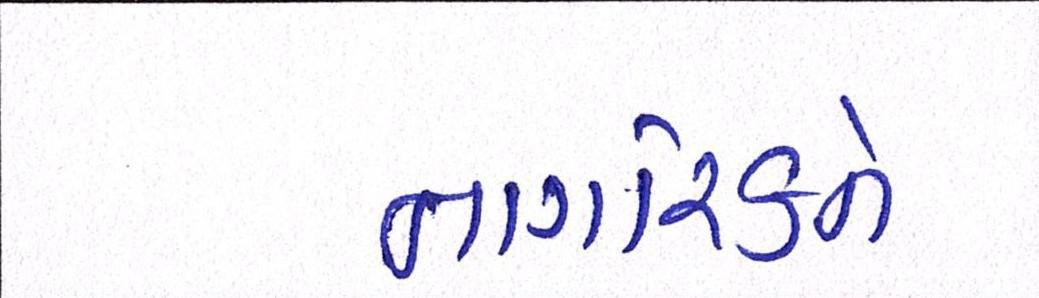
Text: નાગરિકને